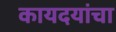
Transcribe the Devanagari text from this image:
कायदयांचा